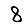
Digit: 8